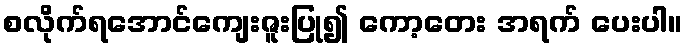
စလိုက်ရအောင်ကျေးဇူးပြု၍ ကော့တေး အရက် ပေးပါ။